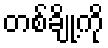
တစ်ချို့ကို